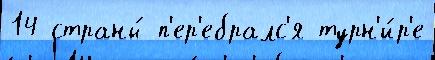
14 страны́ п'ер'ебралс'я турн'и́р'е